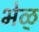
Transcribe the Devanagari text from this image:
भेळ्